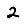
Digit: 2